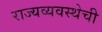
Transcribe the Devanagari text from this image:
राज्यव्यवस्थेची